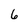
Character: 6